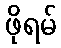
ဖိုရမ်